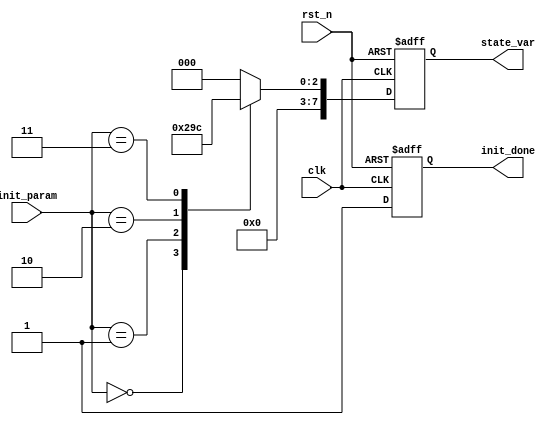
module configurable_initial_conditions #(
    parameter WIDTH = 8,         // Width of input and output signals
    parameter NUM_CONDITIONS = 4 // Number of initial conditions
)(
    input wire clk,                          // Clock signal
    input wire rst_n,                        // Active low reset signal
    input wire [WIDTH-1:0] init_param,      // Input parameters for initialization
    output reg [WIDTH-1:0] state_var,       // State variable to hold the current state
    output reg init_done                     // Output signal to indicate completion of initialization
);

// State variables
reg [WIDTH-1:0] default_value;   // Default value for state variables

// Initialization logic
always @(posedge clk or negedge rst_n) begin
    if (!rst_n) begin
        // On reset, initialize state variable to default value
        state_var <= 0;             // Default initialization
        init_done <= 0;             // Reset initialization done flag
    end else begin
        // Check the init_param to set initial conditions
        case (init_param)
            8'd0: begin
                state_var <= 8'd1;    // Initialize to condition 1
            end
            8'd1: begin
                state_var <= 8'd2;    // Initialize to condition 2
            end
            8'd2: begin
                state_var <= 8'd3;    // Initialize to condition 3
            end
            8'd3: begin
                state_var <= 8'd4;    // Initialize to condition 4
            end
            default: begin
                state_var <= 8'd0;    // Default case (fallback)
            end
        endcase

        // Indicate that initialization is done
        init_done <= 1;               // Set initialization done flag
    end
end

endmodule